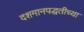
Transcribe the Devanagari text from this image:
दशमानपद्धतीच्या